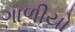
ગાળીયો